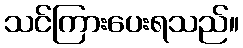
သင်ကြားပေးရသည်။